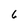
Character: 6